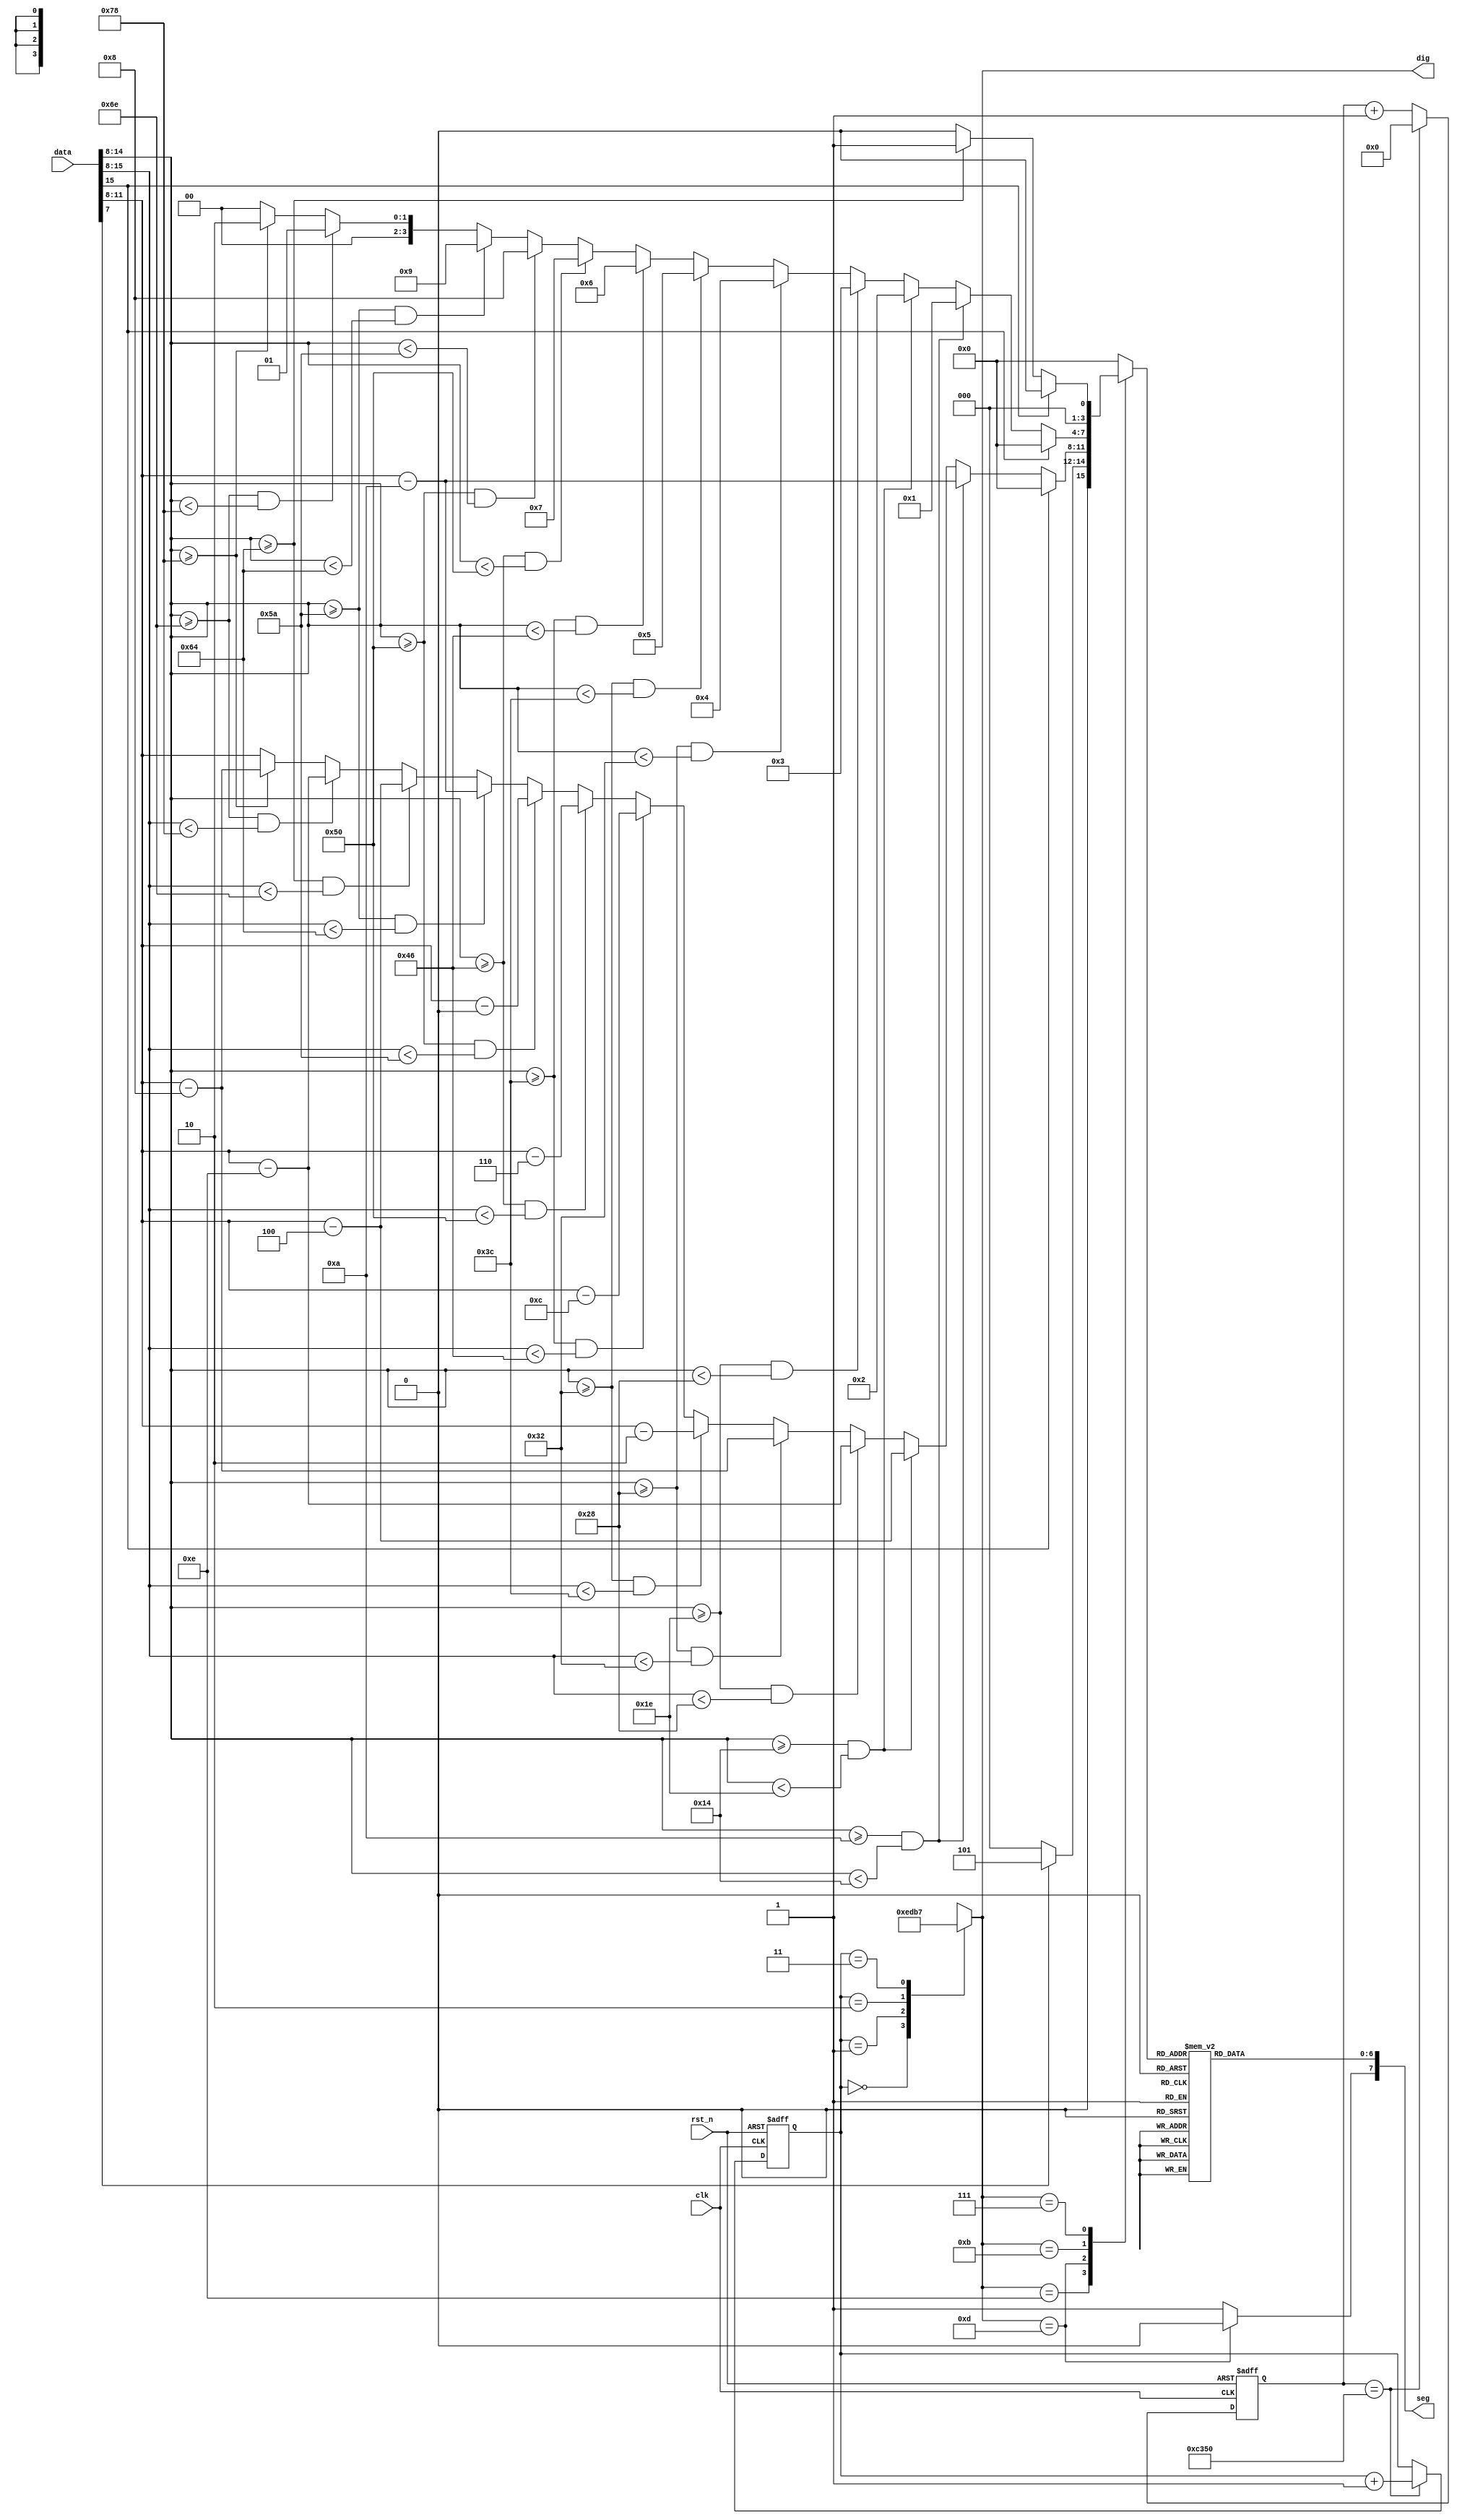
//Arquivo:   SEG_D_verilog.v
//Modulo:    SEG_D_verilog(clock, rst_n, data, seg, dig)
//Descrio: Decodificador  BCD7SEG LM75A de 0-125C POSITIVO
//Autor:     Malki-edheq Benjamim
//Data:      27/01/2022
module SEG_D_verilog (
	input clk,rst_n,
	input [15:0] data, //2bytes
	output reg [7:0] seg, //seg[7] -> dp 
	output reg [4:1] dig //seleciona display
);  
  
	reg [3:0] dataout_buf;  
	reg [1:0] disp_dat;  
	reg [16:0] delay_cnt;  
		
	//gera clk de 1kHz (sugesto: clk externo)
	always@(posedge clk,negedge rst_n) begin   
		if(!rst_n) delay_cnt <= 16'd0;  
		else if(delay_cnt == 16'd50000)  
		  delay_cnt <= 16'd0;  
		else delay_cnt<= delay_cnt + 1'b1;  
	end   
	
	/* INCIO: Controle do Display 7seg */
	//redefine o display ativo a cada 1ms (delay)
	always@(posedge clk,negedge rst_n) begin   
		if(!rst_n) disp_dat <= 2'd0;  
		else if (delay_cnt == 16'd50000)  
		 disp_dat <= disp_dat + 1'b1;  
		else disp_dat <= disp_dat;  
	end  	
	//seleciona o display a ser ativo	
	always@(disp_dat) begin   
		case(disp_dat)  
			2'b00: dig = 4'b1110; //habilita o display 4
			2'b01: dig = 4'b1101; //habilita o display 3
			2'b10: dig = 4'b1011; //habilita o display 2
			2'b11: dig = 4'b0111;	//habilita o display 1
			default dig = 4'b1111;//todos desabilitados
		endcase   	  
	end  
	// Decoder BCD7seg (sugesto: decoder externo)
	always@(dataout_buf, dig)	begin 
		case(dataout_buf) 			
			4'h0 : seg[6:0] = 7'b1000000; //0  
			4'h1 : seg[6:0] = 7'b1111001; //1  
			4'h2 : seg[6:0] = 7'b0100100; //2  
			4'h3 : seg[6:0] = 7'b0110000; //3  
			4'h4 : seg[6:0] = 7'b0011001; //4  
			4'h5 : seg[6:0] = 7'b0010010; //5  
			4'h6 : seg[6:0] = 7'b0000010; //6  
			4'h7 : seg[6:0] = 7'b1111000; //7  
			4'h8 : seg[6:0] = 7'b0000000; //8  
			4'h9 : seg[6:0] = 7'b0010000; //9   
			default : seg[6:0] = 7'b1000000;//0          
		endcase 	
		if (dig == 4'b1101) //Unidade da temperatura
			seg[7] = 1'b0; // dp ativo	para dig unidade
		else seg[7] = 1'b1; //dp inativo demais digs		 
	end
	/* FIM: Controle do Display 7seg */
	
	/* INICIO: MSB+LSB 9bits para 4BCD  */	
	always@(dig, data) begin
		case(dig)
			//dado display 4 (decimal da temperatura)			
			//data[7] decimal da temperatura (0 ->.0, 1->.5)
			4'b1110:  dataout_buf = data[7] ? 4'h5 : 4'h0;		  			
			//dado display 3 (unidade da temperatura)	
			4'b1101: begin //data[15:8] MSB+LSB da temperatura, data[15] sinal (0 -> +, 1-> -)
				if (data[15]) dataout_buf = 4'd0; //caso temp negativa valor exibido 0
				else
					if (data[14:8] >= 10 && data[14:8] < 20) dataout_buf = data[14:8] - 7'd10;
					else if	(data[14:8] >= 20 && data[14:8] < 30) dataout_buf = data[14:8] - 7'd20;
					else if	(data[14:8] >= 30 && data[15:8] < 40) dataout_buf = data[14:8] - 7'd30;
					else if	(data[14:8] >= 40 && data[15:8] < 50) dataout_buf = data[14:8] - 7'd40;
					else if	(data[14:8] >= 50 && data[15:8] < 60) dataout_buf = data[14:8] - 7'd50;
					else if	(data[14:8] >= 60 && data[15:8] < 70) dataout_buf = data[14:8] - 7'd60;
					else if	(data[14:8] >= 70 && data[15:8] < 80) dataout_buf = data[14:8] - 7'd70;
					else if	(data[14:8] >= 80 && data[15:8] < 90) dataout_buf = data[14:8] - 7'd80;
					else if	(data[14:8] >= 90 && data[15:8] < 100) dataout_buf = data[14:8] - 7'd90;
					else if	(data[14:8] >= 100 && data[15:8] < 110) dataout_buf = data[14:8] - 7'd100;
					else if	(data[14:8] >= 110 && data[15:8] < 120) dataout_buf = data[14:8] - 7'd110;
					else if	(data[14:8] >= 120) dataout_buf = data[14:8] - 7'd120;
					else dataout_buf = data[11:8]; //apenas unidade		
			end
			//dado display 2 (dezena da temperatura)
			4'b1011: begin //data[15:8] MSB+LSB da temperatura, data[15] sinal (0 -> +, 1-> -) 
				if (data[15]) dataout_buf = 4'd0; //caso temp negativa valor exibido 0
				else
					if (data[14:8] >= 10 && data[14:8] < 20) dataout_buf = 4'h1;
					else if	(data[14:8] >= 20 && data[14:8] < 30) dataout_buf = 4'h2;
					else if	(data[14:8] >= 30 && data[14:8] < 40) dataout_buf = 4'h3;
					else if	(data[14:8] >= 40 && data[14:8] < 50) dataout_buf = 4'h4;
					else if	(data[14:8] >= 50 && data[14:8] < 60) dataout_buf = 4'h5;
					else if	(data[14:8] >= 60 && data[14:8] < 70) dataout_buf = 4'h6;
					else if	(data[14:8] >= 70 && data[14:8] < 80) dataout_buf = 4'h7;
					else if	(data[14:8] >= 80 && data[14:8] < 90) dataout_buf = 4'h8;
					else if	(data[14:8] >= 90 && data[14:8] < 100) dataout_buf = 4'h9;
					else if	(data[14:8] >= 110 && data[14:8] < 120) dataout_buf = 4'h1;
					else if	(data[14:8] >= 120) dataout_buf <= 4'h2;
					else dataout_buf <= 4'b0;//dezena zero					
			end 
			//dado display 1	(centena da temperatura)			
			4'b0111: begin //data[15:8] MSB+LSB da temperatura, data[15] sinal (0 -> +, 1-> -) 
				if (data[15]) dataout_buf = 4'd0; //caso temp negativa valor exibido 0
				else dataout_buf = (data[14:8] >= 100) ? 4'h1 : 4'h0;	
			end	
			default : dataout_buf = 4'b0;   
		endcase   
	end 
	/* INICIO: MSB+LSB 9bits para 4BCD  */	
	
endmodule